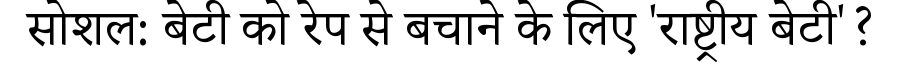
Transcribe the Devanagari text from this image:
सोशल: बेटी को रेप से बचाने के लिए 'राष्ट्रीय बेटी'?